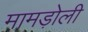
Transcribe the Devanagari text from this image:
मामड़ोली